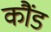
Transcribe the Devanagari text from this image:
कौंड